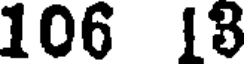
106 13